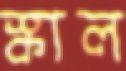
স্কাল